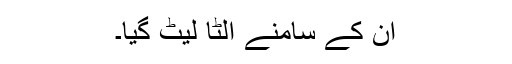
ان کے سامنے الٹا لیٹ گیا۔